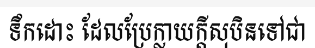
ទឹកដោះ ដែលប្រែក្លាយក្តីសុបិនទៅជា